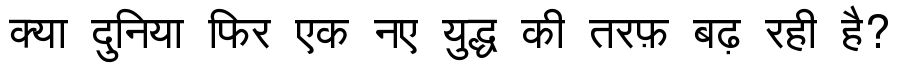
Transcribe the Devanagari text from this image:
क्या दुनिया फिर एक नए युद्ध की तरफ़ बढ़ रही है?